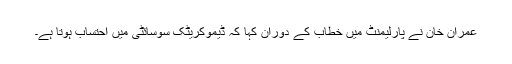
عمران خان نے پارلیمنٹ میں خطاب کے دوران کہا کہ ڈیموکریٹک سوسائٹی میں احتساب ہوتا ہے۔